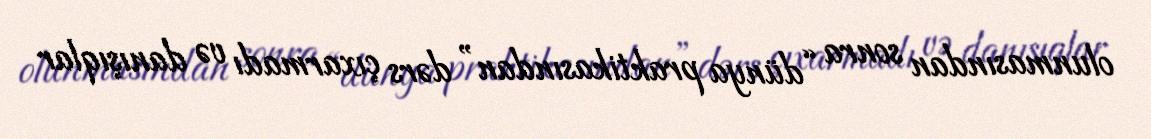
olunmasından sonra “dünya praktikasından” dərs çıxarmadı və danışıqlar